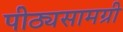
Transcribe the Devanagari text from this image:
पीठ्यसामग्री